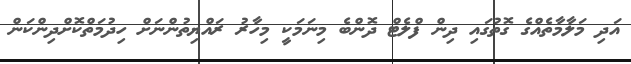
އަދި މަލާމާތެއްގެ ގޮތުގައި ދިން ފްލެޓް ދޮންބެ މިނަމަކީ މިހާރު ރައްޔިތުންނަށް ހިދުމަތްކޮށްދިންކަން